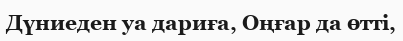
Дүниеден уа дариға, Оңғар да өтті,